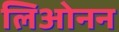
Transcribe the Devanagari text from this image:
लिओनन